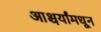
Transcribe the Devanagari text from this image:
आश्चर्यांमधून